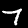
Label: 7